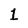
Character: 1